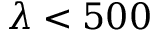
\lambda < 5 0 0